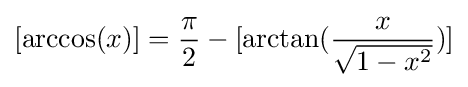
[\arccos(x)]={\frac {\pi }{2}}-[\arctan({\frac {x}{\sqrt {1-x^{2}}}})]